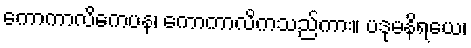
ကောကာလိကေပန၊ ကောကာလိကသည်ကား။ ပဒုမနိရယေ၊